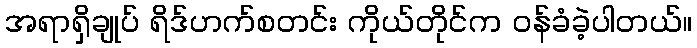
အရာရှိချုပ် ရိဒ်ဟက်စတင်း ကိုယ်တိုင်က ဝန်ခံခဲ့ပါတယ်။